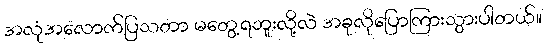
အလုံအလောက်ပြသတာ မတွေ့ရဘူးလို့လဲ အခုလိုပြောကြားသွားပါတယ်။